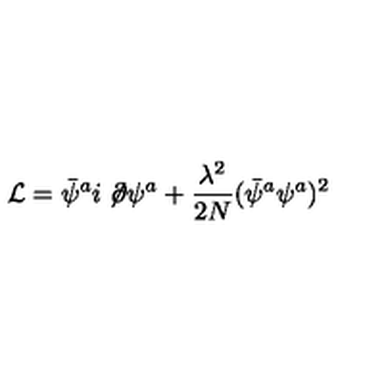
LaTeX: { \cal L } = \bar { \psi } ^ { a } i \not \! \partial \psi ^ { a } + { \frac { \lambda ^ { 2 } } { 2 N } } ( \bar { \psi } ^ { a } \psi ^ { a } ) ^ { 2 }